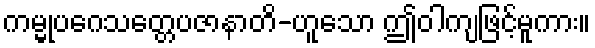
ကမ္မုပဂေသတ္တေပဇာနာတိ-ဟူသော ဤဝါကျဖြင့်မူကား။